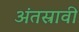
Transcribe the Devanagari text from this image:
अंतस्रावी